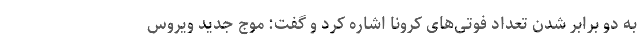
به دو برابر شدن تعداد فوتی‌های کرونا اشاره کرد و گفت: موج جدید ویروس